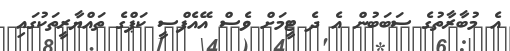
އެ މުބާރާތުގެ ސަބަބުން އެ ދެ ޓީމަށް ވެސް އޭއެފްސީ ކަޕްގެ ތައްޔާރީތަކުގައި